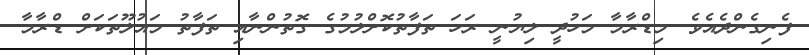
ފެނިގެންދެއެވެ. މިޑްރާމާ މަހުދީ ލިޔުނީ ރަހަ ތަފާތުކޮށްލުމުގެ ގޮތުންނާއި ތަފާތު މައުލޫތަކަށް ޑްރާމާ